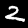
Digit: 2